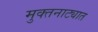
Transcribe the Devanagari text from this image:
मुक्तनाट्यात